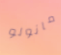
مانولو